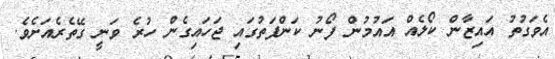
އެވަގުތު އައިޒާން ކޯލެއް އައުމުން ފޯނު ކަންފަތުގައި ޖަހައިގެން ހުރެ ވަނީ ގޭތެރެއަށެވެ.